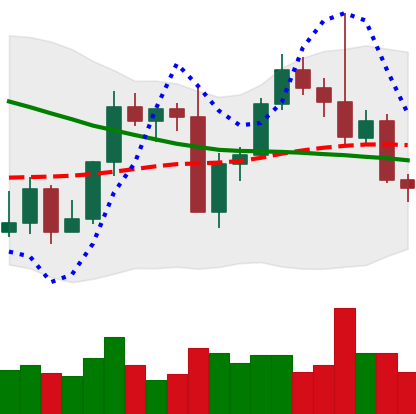
Ticker: LTC-USD
Chart end date: 2022-09-16
Forward return: -8.252%
Label: down_7plus